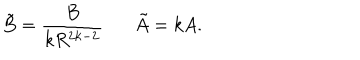
\tilde { B } = \frac { B } { k R ^ { 2 k - 2 } } \tilde { A } = k A .